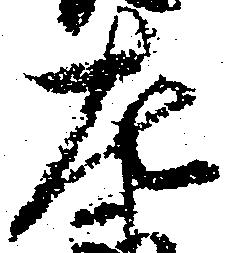
左